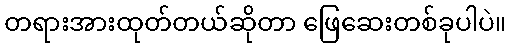
တရားအားထုတ်တယ်ဆိုတာ ဖြေဆေးတစ်ခုပါပဲ။